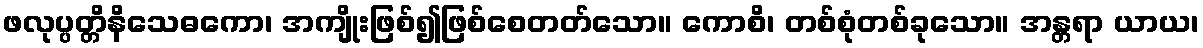
ဖလုပ္ပတ္တိနိသေဓကော၊ အကျိုးဖြစ်၍ဖြစ်စေတတ်သော။ ကောစိ၊ တစ်စုံတစ်ခုသော။ အန္တရာ ယာယ၊